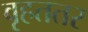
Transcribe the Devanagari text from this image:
वृहततर